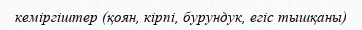
кеміргіштер (қоян, кірпі, бурундук, егіс тышқаны)